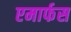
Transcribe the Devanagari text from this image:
एमार्फस